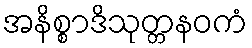
အနိစ္စာဒိသုတ္တနဝကံ